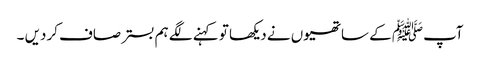
آپﷺ کے ساتھیوں نے دیکھا تو کہنے لگے ہم بسترصاف کردیں ۔